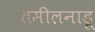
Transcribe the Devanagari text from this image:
तमीलनाडू